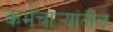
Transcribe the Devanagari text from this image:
कर्मचार्‍यांतील